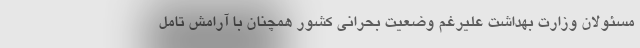
مسئولان وزارت بهداشت علیرغم وضعیت بحرانی کشور همچنان با آرامش تامل